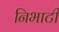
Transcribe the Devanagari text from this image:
निभाटी